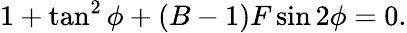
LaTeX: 1+\tan^{2}{\phi}+(B-1)F\sin{2\phi}=0.